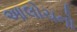
આલોચનો